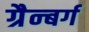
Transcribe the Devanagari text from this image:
ग्रैन्बर्ग